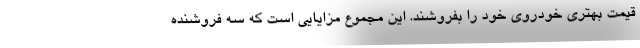
قیمت بهتری خودروی خود را بفروشند. این مجموع مزایایی است که سه فروشنده